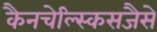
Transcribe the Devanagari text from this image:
कैनचेल्स्किसजैसे